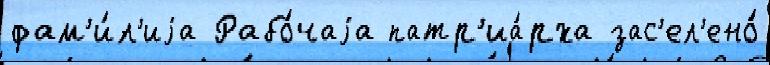
фам'и́л'иjа Рабо́чаjа патр'иа́рха зас'ел'ено́